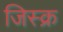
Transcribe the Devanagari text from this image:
जिस्क्र